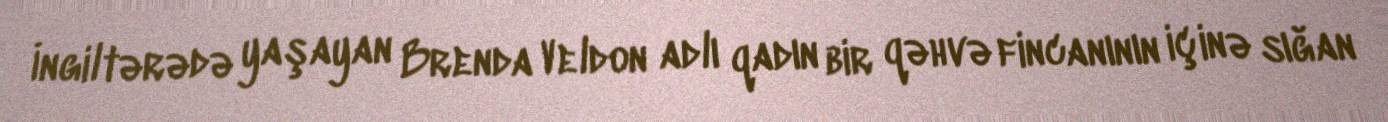
İngiltərədə yaşayan Brenda Veldon adlı qadın bir qəhvə fincanının içinə sığan